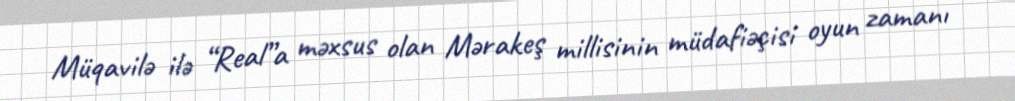
Müqavilə ilə “Real”a məxsus olan Mərakeş millisinin müdafiəçisi oyun zamanı